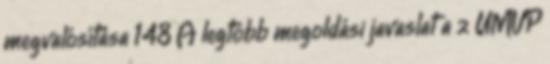
megvalósítása 148 A legtöbb megoldási javaslat a z ÚMVP